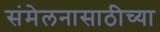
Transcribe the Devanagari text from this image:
संमेलनासाठीच्या